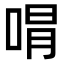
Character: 𭈭